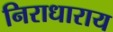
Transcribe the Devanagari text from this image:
निराधाराय